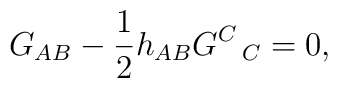
G_{AB}-\frac{1}{2}h_{AB}G^C\hspace{.5mm}_C=0,